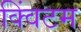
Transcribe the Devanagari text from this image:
क्विंटम